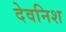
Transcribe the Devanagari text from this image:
देवनिश